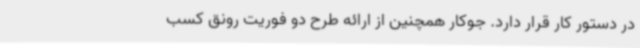
در دستور کار قرار دارد. جوکار همچنین از ارائه طرح دو فوریت رونق کسب